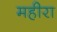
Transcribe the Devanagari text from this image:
महीरा